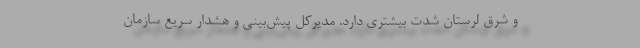
و شرق لرستان شدت بیشتری دارد. مدیرکل پیش‌بینی و هشدار سریع سازمان